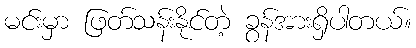
မင်းမှာ ဖြတ်သန်းနိုင်တဲ့ ခွန်အားရှိပါတယ်။